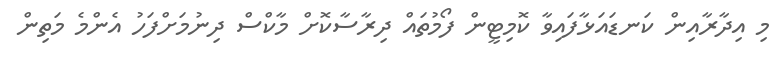
މި އިދާރާއިން ކަނޑައަޅާފައިވާ ކޮމިޓީން ފޯމުތައް ދިރާސާކޮށް މާކްސް ދިނުމަށްފަހު އެންމެ މަތިން